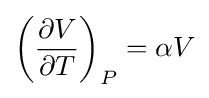
\left({\frac {\partial V}{\partial T}}\right)_{P}=\alpha V